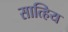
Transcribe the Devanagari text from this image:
सात्हिय